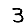
Digit: 3